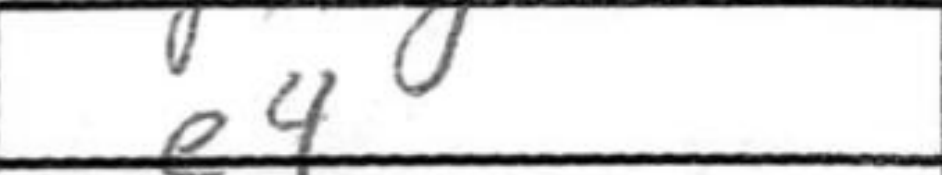
Transcription: e4